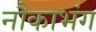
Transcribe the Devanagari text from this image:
नौकाभंग